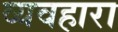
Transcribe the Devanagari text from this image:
व्यवहारा